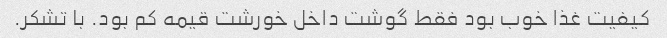
کیفیت غذا خوب بود فقط گوشت داخل خورشت قیمه کم بود. با تشکر.